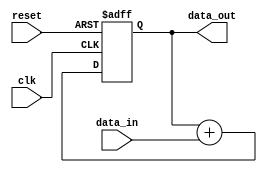
module PipelineAccumulator(
    input wire clk,
    input wire reset,
    input wire [31:0] data_in,
    output reg [31:0] data_out
);

reg [31:0] accum;

always@(posedge clk or posedge reset) begin
    if (reset) begin
        accum <= 0;
    end else begin
        accum <= accum + data_in;
    end
end

assign data_out = accum;

endmodule